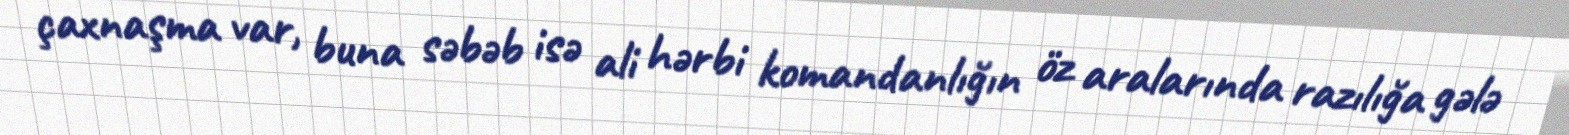
çaxnaşma var, buna səbəb isə ali hərbi komandanlığın öz aralarında razılığa gələ